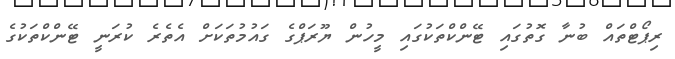
ރިޕޯޓްތައް ބުނާ ގޮތުގައި ޓޭންކްތަކުގައި މީހުން ޔޫރަޕްގެ ގައުމުތަަކަށް އެތެރެ ކުރަނީ ޓޭންކްތަކުގެ